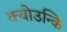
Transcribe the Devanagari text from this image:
क्योउन्कि